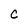
Character: c